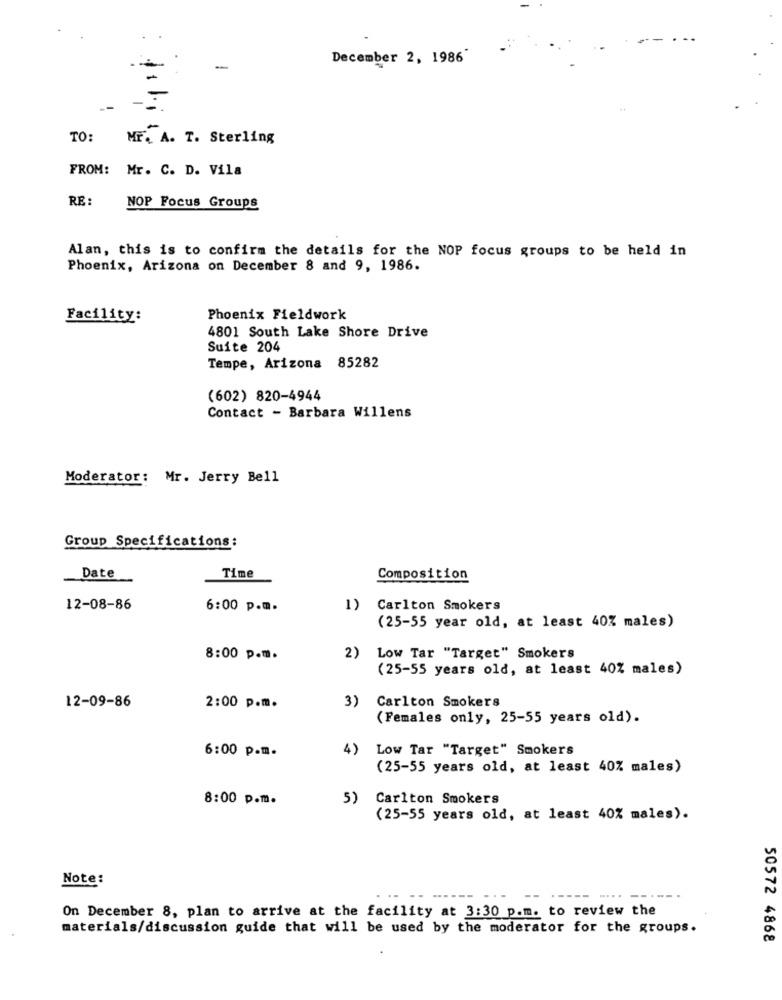
December 2, 1986
-
--
TO:
Mr. A. T. Sterling
FROM: Mr. C. D. Vila
RE
NOP Focus Groups
Alan, this is to confirm the details for the NOP focus groups to be held in
Phoenix, Arizona on December 8 and 9, 1986.
Facility:
Phoenix Fieldwork
4801 South Lake Shore Drive
Suite 204
Tempe, Arizona 85282
(602) 820-4944
Contact - Barbara Willens
Moderator: Mr. Jerry Bell
Group Specifications:
Date
Time
Composition
12-08-86
6:00 p.m.
1)
Carlton Smokers
(25-55 year old, at least 40% males)
8:00 p.m.
2)
Low Tar "Target" Smokers
(25-55 years old, at least 40% males)
3)
Carlton Smokers
12-09-86
2:00 p.m.
(Females only, 25-55 years old).
6:00 p.m.
4)
Low Tar "Target" Smokers
(25-55 years old, at least 40% males)
8:00 p.m.
5)
Carlton Smokers
(25-55 years old, at least 40% males).
Note:
.....
On December 8, plan to arrive at the facility at 3:30 p.m. to review the
materials/discussion guide that will be used by the moderator for the groups.
50572 4868